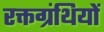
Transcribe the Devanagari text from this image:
रक्तग्रंथियों